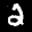
Digit: 2